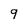
Character: 9